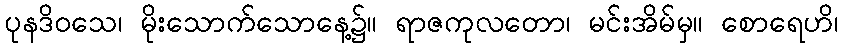
ပုနဒိဝသေ၊ မိုးသောက်သောနေ့၌။ ရာဇကုလတော၊ မင်းအိမ်မှ။ စောရေဟိ၊